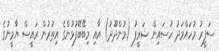
ސަފީރު މުހައްމަދު ހުސައިން ޝަރީފު (މުންދޫދު) އާއި މިބޭބޭފުޅުންގެ އިތުރުން ރައީސް ޔާމީނުގެ